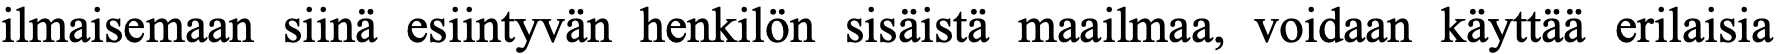
ilmaisemaan siinä esiintyvän henkilön sisäistä maailmaa, voidaan käyttää erilaisia